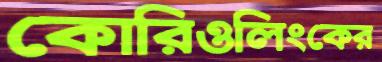
কোরিওলিংকের